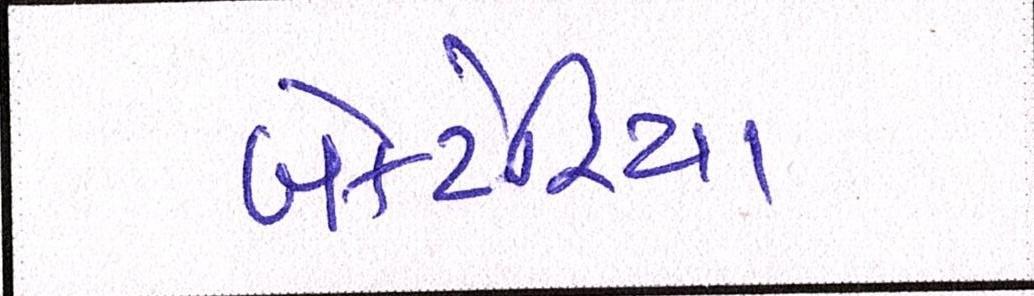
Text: બેક્ટેરિયા